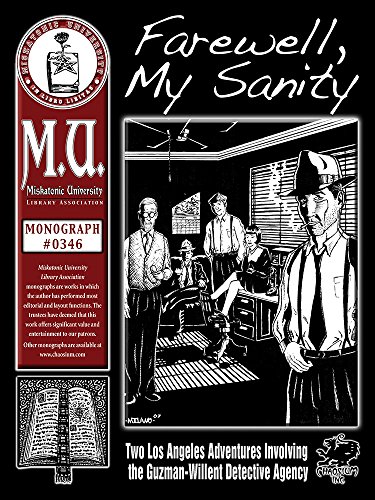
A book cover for Farewell, My Sanity: Adventures of the Guzman-Willent Detective Agency (M.U. Library Assn. monograph, Call of Cthulhu #0346); Aaron Vanek; Science Fiction & Fantasy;